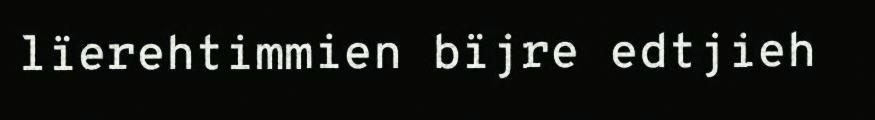
lïerehtimmien bïjre edtjieh